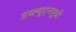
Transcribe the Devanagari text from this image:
डब्ल्यूएनयूवी